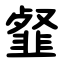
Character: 韰